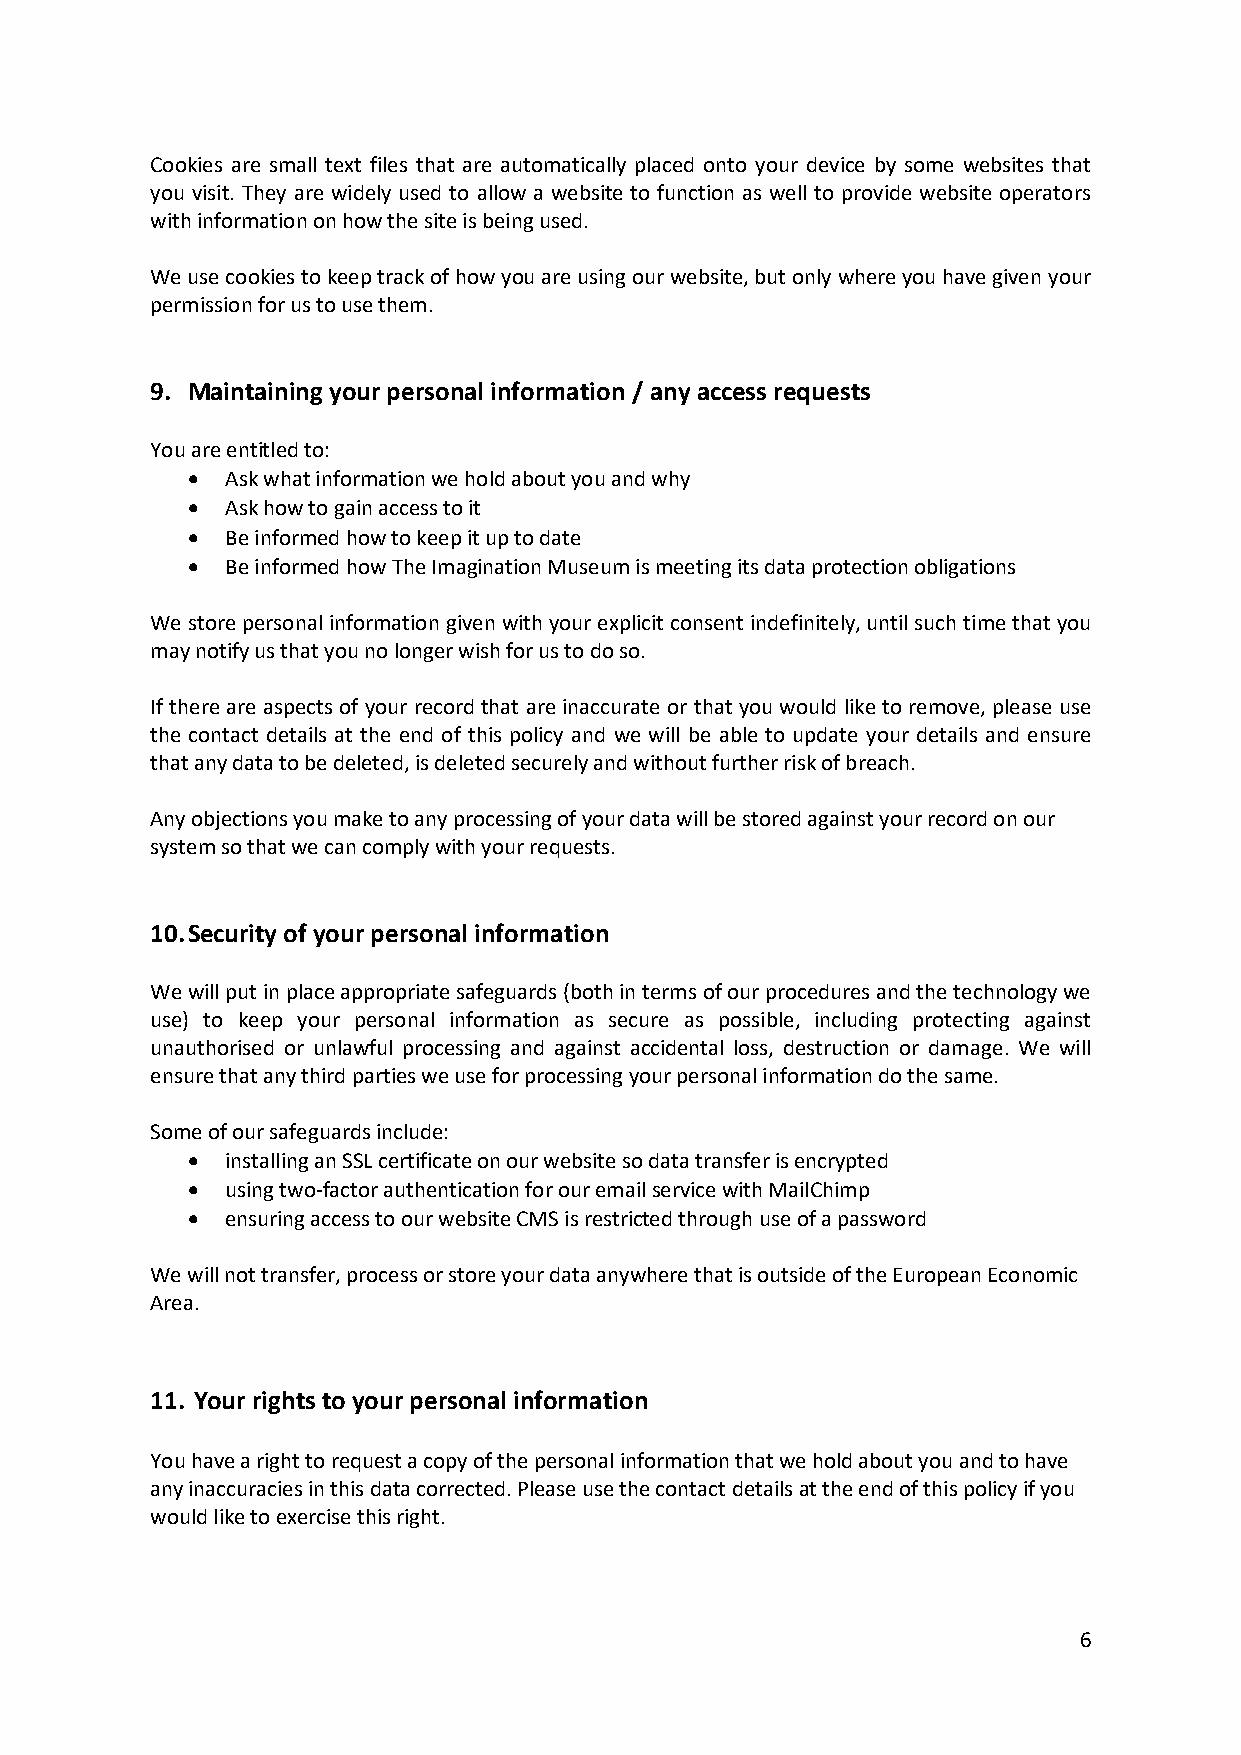
Cookies are small text files that are automatically placed onto your device by some websites that
 you visit. They are widely used to allow a website to function as well to provide website operators
 with information on how the site is being used.
 We use cookies to keep track of how you are using our website, but only where you have given your
 permission for us to use them.
 9. Maintaining your personal information / any access requests
 You are entitled to:
 •  Ask what information we hold about you and why
 •  Ask how to gain access to it
 •  Be informed how to keep it up to date
 •  Be informed how The Imagination Museum is meeting its data protection obligations
 We store personal information given with your explicit consent indefinitely, until such time that you
 may notify us that you no longer wish for us to do so.
 If there are aspects of your record that are inaccurate or that you would like to remove, please use
 the contact details at the end of this policy and we will be able to update your details and ensure
 that any data to be deleted, is deleted securely and without further risk of breach.
 Any objections you make to any processing of your data will be stored against your record on our
 system so that we can comply with your requests.
 10. Security of your personal information
 We will put in place appropriate safeguards (both in terms of our procedures and the technology we
 use) to keep your personal information as secure as possible, including protecting against
 unauthorised or unlawful processing and against accidental loss, destruction or damage. We will
 ensure that any third parties we use for processing your personal information do the same.
 Some of our safeguards include:
 •  installing an SSL certificate on our website so data transfer is encrypted
 •  using two-factor authentication for our email service with MailChimp
 •  ensuring access to our website CMS is restricted through use of a password
 We will not transfer, process or store your data anywhere that is outside of the European Economic
 Area.
 11. Your rights to your personal information
 You have a right to request a copy of the personal information that we hold about you and to have
 any inaccuracies in this data corrected. Please use the contact details at the end of this policy if you
 would like to exercise this right.
 6